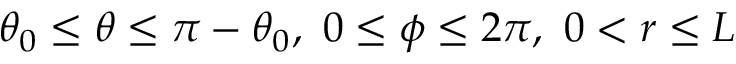
\theta _ { 0 } \le \theta \le \pi - \theta _ { 0 } , \ 0 \le \phi \le 2 \pi , \ 0 < r \le L